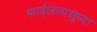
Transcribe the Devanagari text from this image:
फाईललासुध्दा